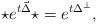
LaTeX: \begin{align*}\star e^{t \vec{\Delta}} \star=e^{t\Delta^\perp},\end{align*}